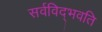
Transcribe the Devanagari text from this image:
सर्वविद्‍भवति